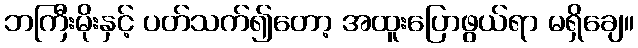
ဘကြီးမိုးနှင့် ပတ်သက်၍တော့ အထူးပြောဖွယ်ရာ မရှိချေ။